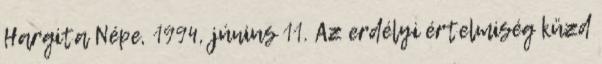
Hargita Népe, 1994, június 11. Az erdélyi értelmiség küzd